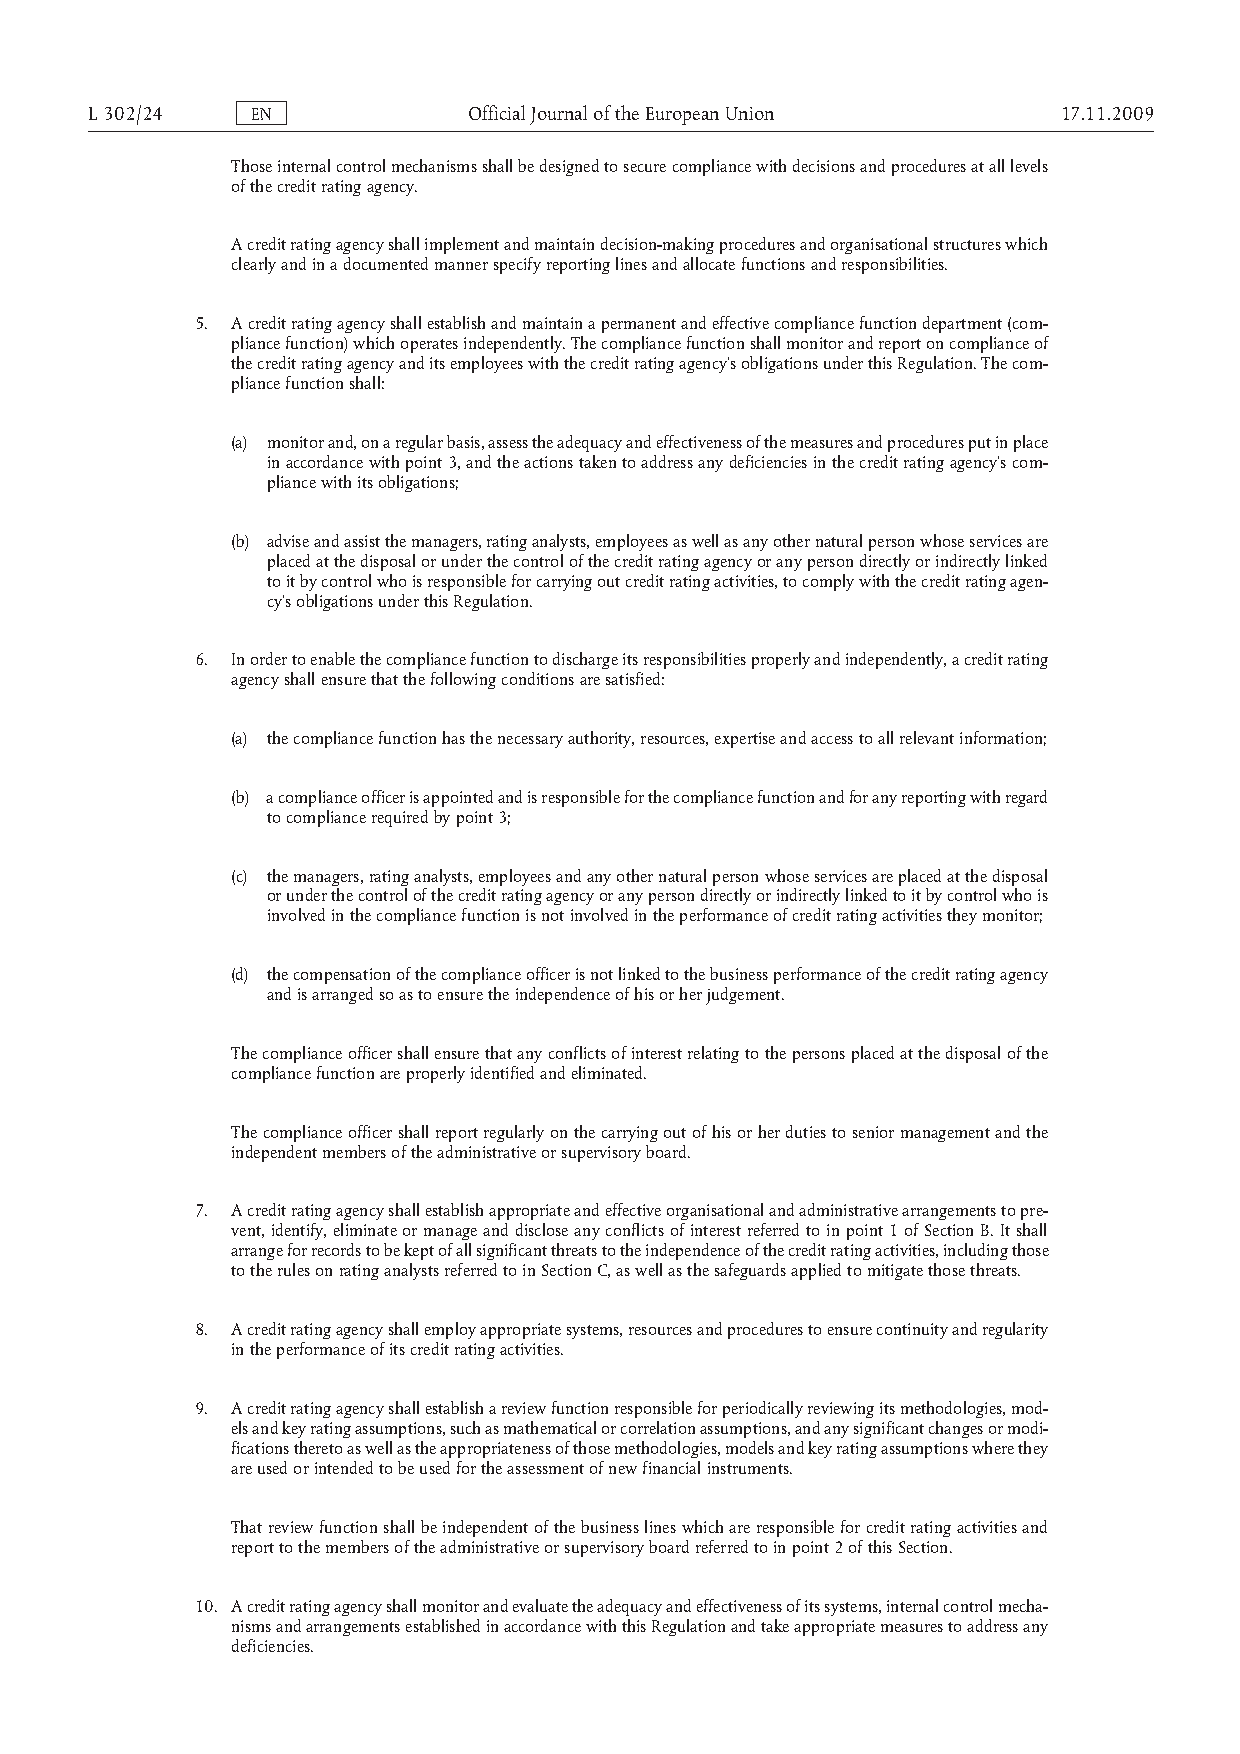
L302/24    EN            OfficialJournaloftheEuropeanUnion      17.11.2009
 Those internal control mechanisms shall be designed to secure compliance with decisions and procedures at all levels
 of the credit rating agency.
 A credit rating agency shall implement and maintain decision-making procedures and organisational structures which
 clearly and in a documented manner specify reporting lines and allocate functions and responsibilities.
 5. A credit rating agency shall establish and maintain a permanent and effective compliance function department (com­
 pliance function) which operates independently. The compliance function shall monitor and report on compliance of
 the credit rating agency and its employees with the credit rating agency’s obligations under this Regulation. The com­
 pliance function shall:
 (a) monitor and, on a regular basis, assess the adequacy and effectiveness of the measures and procedures put in place
 in accordance with point 3, and the actions taken to address any deficiencies in the credit rating agency’s com­
 pliance with its obligations;
 (b) advise and assist the managers, rating analysts, employees as well as any other natural person whose services are
 placed at the disposal or under the control of the credit rating agency or any person directly or indirectly linked
 to it by control who is responsible for carrying out credit rating activities, to comply with the credit rating agen­
 cy’s obligations under this Regulation.
 6. In order to enable the compliance function to discharge its responsibilities properly and independently, a credit rating
 agency shall ensure that the following conditions are satisfied:
 (a) the compliance function has the necessary authority, resources, expertise and access to all relevant information;
 (b) a compliance officer is appointed and is responsible for the compliance function and for any reporting with regard
 to compliance required by point 3;
 (c) the managers, rating analysts, employees and any other natural person whose services are placed at the disposal
 or under the control of the credit rating agency or any person directly or indirectly linked to it by control who is
 involved in the compliance function is not involved in the performance of credit rating activities they monitor;
 (d) the compensation of the compliance officer is not linked to the business performance of the credit rating agency
 and is arranged so as to ensure the independence of his or her judgement.
 The compliance officer shall ensure that any conflicts of interest relating to the persons placed at the disposal of the
 compliance function are properly identified and eliminated.
 The compliance officer shall report regularly on the carrying out of his or her duties to senior management and the
 independent members of the administrative or supervisory board.
 7. A credit rating agency shall establish appropriate and effective organisational and administrative arrangements to pre­
 vent, identify, eliminate or manage and disclose any conflicts of interest referred to in point 1 of Section B. It shall
 arrange for records to be kept of all significant threats to the independence of the credit rating activities, including those
 to the rules on rating analysts referred to in Section C, as well as the safeguards applied to mitigate those threats.
 8. A credit rating agency shall employ appropriate systems, resources and procedures to ensure continuity and regularity
 in the performance of its credit rating activities.
 9. A credit rating agency shall establish a review function responsible for periodically reviewing its methodologies, mod­
 els and key rating assumptions, such as mathematical or correlation assumptions, and any significant changes or modi­
 fications thereto as well as the appropriateness of those methodologies, models and key rating assumptions where they
 are used or intended to be used for the assessment of new financial instruments.
 That review function shall be independent of the business lines which are responsible for credit rating activities and
 report to the members of the administrative or supervisory board referred to in point 2 of this Section.
 10. A credit rating agency shall monitor and evaluate the adequacy and effectiveness of its systems, internal control mecha­
 nisms and arrangements established in accordance with this Regulation and take appropriate measures to address any
 deficiencies.